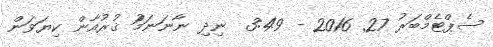
ސެޕްޓެމްބަރު 27